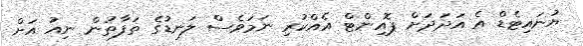
ޔުނައިޓެޑް އެ އަދަދަށް ޕޮއިންޓް އެއްކުރި ނަމަވެސް ލަނޑުގެ ތަފާތުން ނިއު އަށް